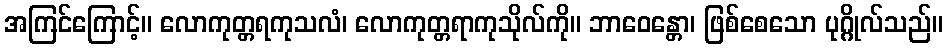
အကြင်ကြောင့်။ လောကုတ္တရကုသလံ၊ လောကုတ္တရာကုသိုလ်ကို။ ဘာဝေန္တော၊ ဖြစ်စေသော ပုဂ္ဂိုလ်သည်။